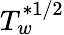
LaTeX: T_{w}^{\ast 1/2}